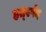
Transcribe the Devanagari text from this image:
हृर्त्स्पद